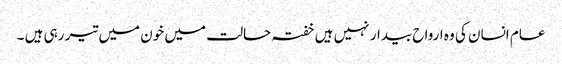
عام انسان کی وہ ارواح بیدار نہیں ہیں خفتہ حالت میں خون میں تیر رہی ہیں ۔